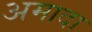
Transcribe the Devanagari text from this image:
अमादा